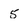
Character: 5